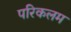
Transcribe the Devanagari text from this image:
परिकलम